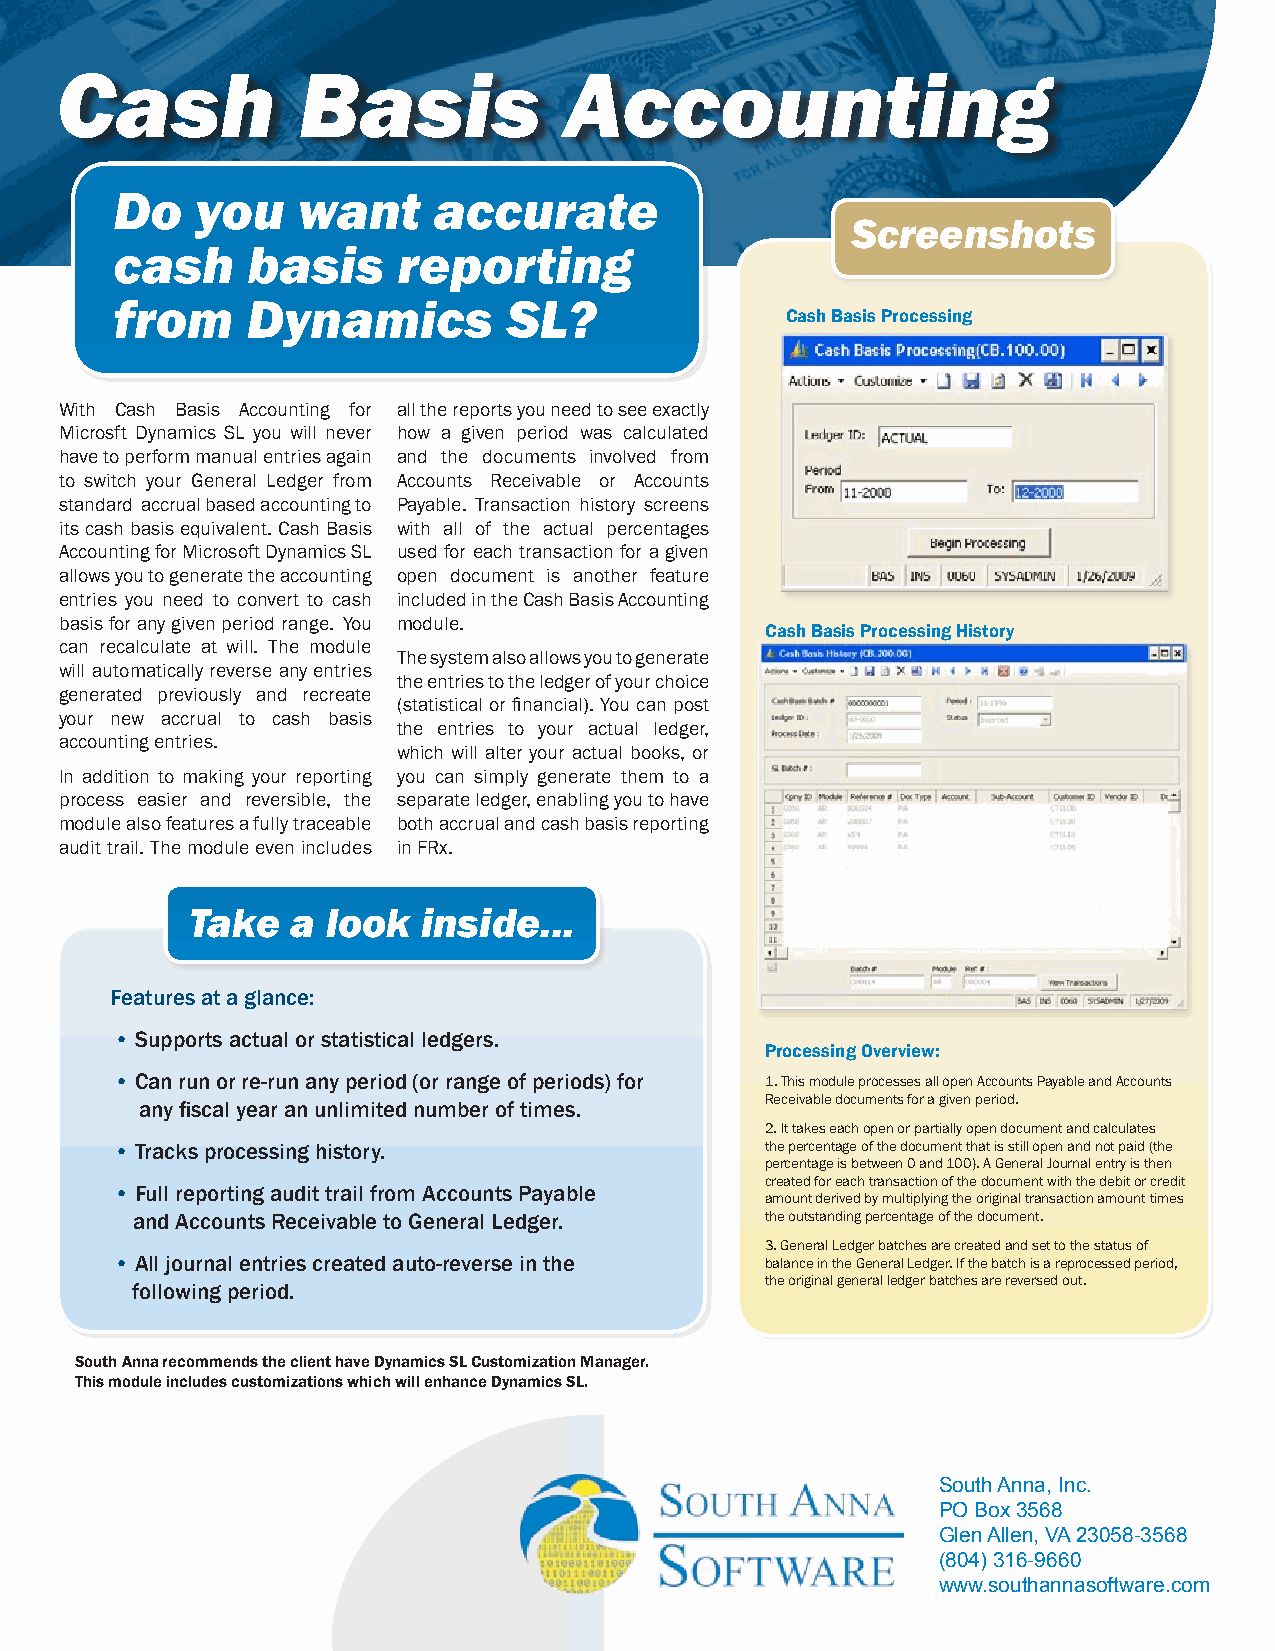
Cash            Basis            Accounting
 Do   you    want     accurate
 Screenshots
 cash    basis     reporting
 from    Dynamics          SL?
 Cash Basis Processing
 With Cash Basis Accounting for all the reports you need to see exactly
 Microsft Dynamics SL you will never how a given period was calculated
 have to perform manual entries again and the documents involved from
 to switch your General Ledger from Accounts Receivable or Accounts
 standard accrual based accounting to Payable. Transaction history screens
 its cash basis equivalent. Cash Basis with all of the actual percentages
 Accounting for Microsoft Dynamics SL used for each transaction for a given
 allows you to generate the accounting open document is another feature
 entries you need to convert to cash included in the Cash Basis Accounting
 basis for any given period range. You module.
 Cash Basis Processing History
 can recalculate at will. The module
 The system also allows you to generate
 will automatically reverse any entries
 the entries to the ledger of your choice
 generated previously and recreate
 (statistical or financial). You can post
 your new accrual to cash basis
 the entries to your actual ledger,
 accounting entries.
 which will alter your actual books, or
 In addition to making your reporting you can simply generate them to a
 process easier and reversible, the separate ledger, enabling you to have
 module also features a fully traceable both accrual and cash basis reporting
 audit trail. The module even includes in FRx.
 Take   a  look  inside...
 Features at a glance:
 • Supports actual or statistical ledgers.
 Processing Overview:
 • Can run or re-run any period (or range of periods) for 1. This module processes all open Accounts Payable and Accounts
 Receivable documents for a given period.
 any fiscal year an unlimited number of times.
 2. It takes each open or partially open document and calculates
 • Tracks processing history.               the percentage of the document that is still open and not paid (the
 percentage is between 0 and 100). A General Journal entry is then
 created for each transaction of the document with the debit or credit
 • Full reporting audit trail from Accounts Payable
 amount derived by multiplying the original transaction amount times
 and Accounts Receivable to General Ledger. the outstanding percentage of the document.
 3. General Ledger batches are created and set to the status of
 • All journal entries created auto-reverse in the balance in the General Ledger. If the batch is a reprocessed period,
 the original general ledger batches are reversed out.
 following period.
 South Anna recommends the client have Dynamics SL Customization Manager.
 This module includes customizations which will enhance Dynamics SL.
 For more information please call toll free:
 South Anna, Inc.
 PO Box 3568
 Glen Allen, VA 23058-3568
 (804) 316-9660
 www.southannasoftware.com